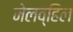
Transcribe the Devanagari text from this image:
मेलव्हिल